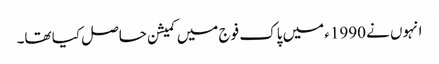
انہوں نے 1990ء میں پاک فوج میں کمیشن حاصل کیا تھا۔